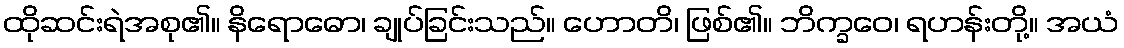
ထိုဆင်းရဲအစု၏။ နိရောဓော၊ ချုပ်ခြင်းသည်။ ဟောတိ၊ ဖြစ်၏။ ဘိက္ခဝေ၊ ရဟန်းတို့။ အယံ